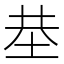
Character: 𡋍